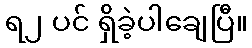
ရ၂ ပင် ရှိခဲ့ပါချေပြီ။